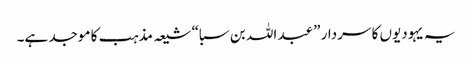
یہ یہودیوں کا سردار ”عبد اللہ بن سبا“ شیعہ مذہب کا موجد ہے۔